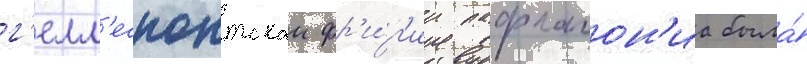
г'елл'еспонтскои фр'и́г'ии пафлагон'иа была́